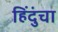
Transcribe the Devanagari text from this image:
हिंदुंचा